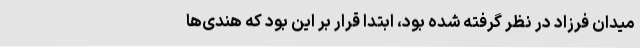
میدان فرزاد در نظر گرفته شده بود، ابتدا قرار بر این بود که هندی‌ها